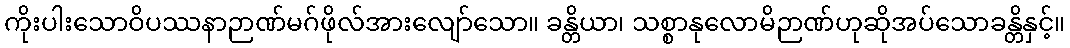
ကိုးပါးသောဝိပဿနာဉာဏ်မဂ်ဖိုလ်အားလျော်သော။ ခန္တိယာ၊ သစ္စာနုလောမိဉာဏ်ဟုဆိုအပ်သောခန္တိနှင့်။